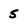
Character: 5